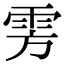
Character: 雱